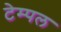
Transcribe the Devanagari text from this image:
टेम्‍पल